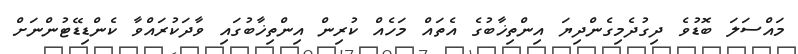
މައްސަލަ ބޮޑުވެ ދިގުދެމިގެންދިޔަ އިންތިޚާބުގެ އެތައް މަހެއް ކުރިން އިންތިޚާބުގައި ވާދަކުރައްވާ ކެންޑިޑޭޓުންނަށް